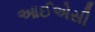
આઈએસી